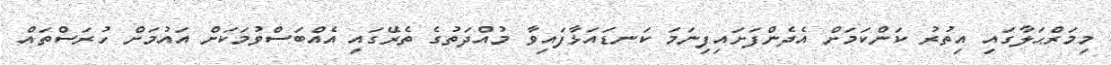
މިމަރްޙަލާގައި އިތުރު ކަންކަމަށް އެދެންފަށައިފިނަމަ ކަނޑައަޅާފައިވާ މުއްދަތުގެ ތެރޭގައި އެއްބަސްވުމަކަށް އައުމަށް ހުރަސްތައް